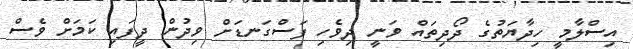
އިސްލާމީ ހިދާޔަތުގެ ދޯދިތައް ވަނީ ދިވެހި ފަސްގަނޑަށް ވިދުން ދީފައި ކަމަށް ވެސް